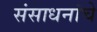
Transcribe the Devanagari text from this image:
संसाधनांचे